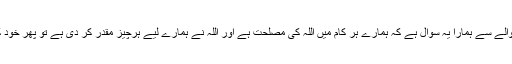
مسلمان ہونے کے حوالے سے ہمارا یہ سوال ہے کہ ہمارے ہر کام میں اللہ کی مصلحت ہے اور اللہ نے ہمارے لیے ہرچیز مقدر کر دی ہے تو پھر خود کشی حرام کیوں ہے؟